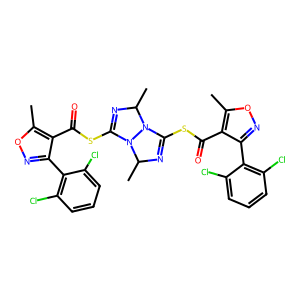
SMILES: Cc1onc(-c2c(Cl)cccc2Cl)c1C(=O)SC1=NC(C)N2C(SC(=O)c3c(-c4c(Cl)cccc4Cl)noc3C)=NC(C)N12
Inhibits HIV replication: No